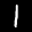
Label: 1